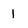
Character: 1